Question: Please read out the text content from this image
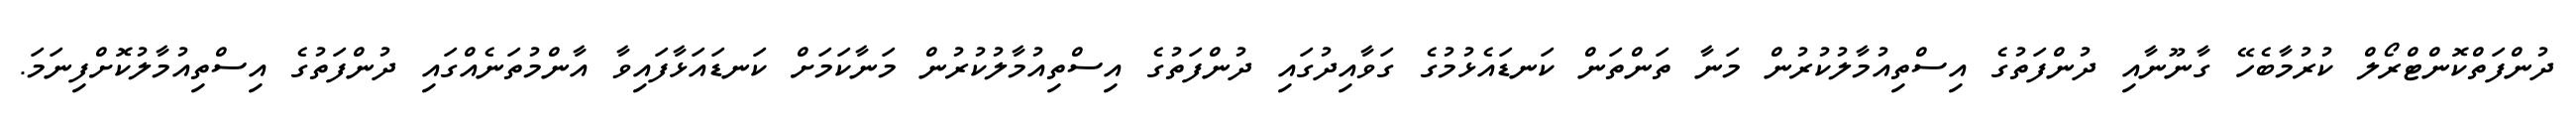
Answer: ދުންފަތްކޮންޓްރޯލް ކުރުމާބެހޭ ގާނޫނާއި ދުންފަތުގެ އިސްތިއުމާލުކުރުން މަނާ ތަންތަން ކަނޑައެޅުމުގެ ގަވާއިދުގައި ދުންފަތުގެ އިސްތިއުމާލުކުރުން މަނާކަމަށް ކަނޑައަޅާފައިވާ އާންމުތަނެއްގައި ދުންފަތުގެ އިސްތިއުމާލުކޮށްފިނަމަ.